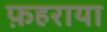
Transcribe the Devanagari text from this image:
फ़हराया